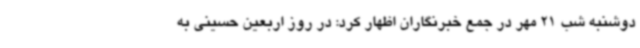
دوشنبه شب 21 مهر در جمع خبرنگاران اظهار کرد: در روز اربعین حسینی به